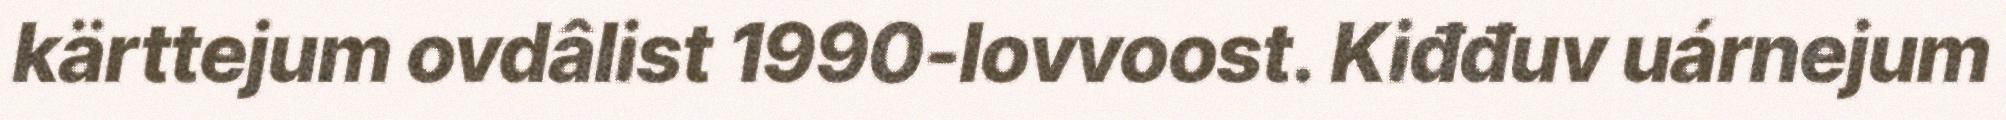
kärttejum ovdâlist 1990-lovvoost. Kiđđuv uárnejum